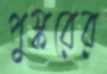
পুস্করের